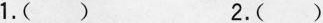
1.( ) 2.( )